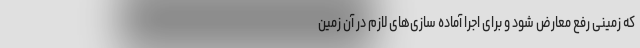
که زمینی رفع معارض شود و برای اجرا آماده سازی‌های لازم در آن زمین